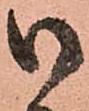
御